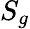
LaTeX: S_{g}